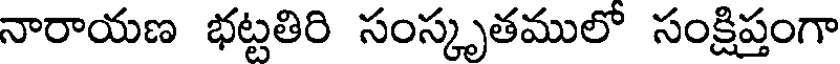
నారాయణ భట్టతిరి సంస్కృతములో సంక్షిప్తంగా